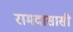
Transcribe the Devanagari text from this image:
रामदासासी